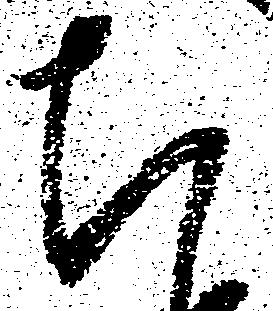
ち